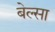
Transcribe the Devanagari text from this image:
बेल्सा